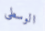
الوسطى